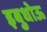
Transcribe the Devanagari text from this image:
इबुधोऊ